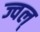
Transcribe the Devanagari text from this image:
ज्वल्